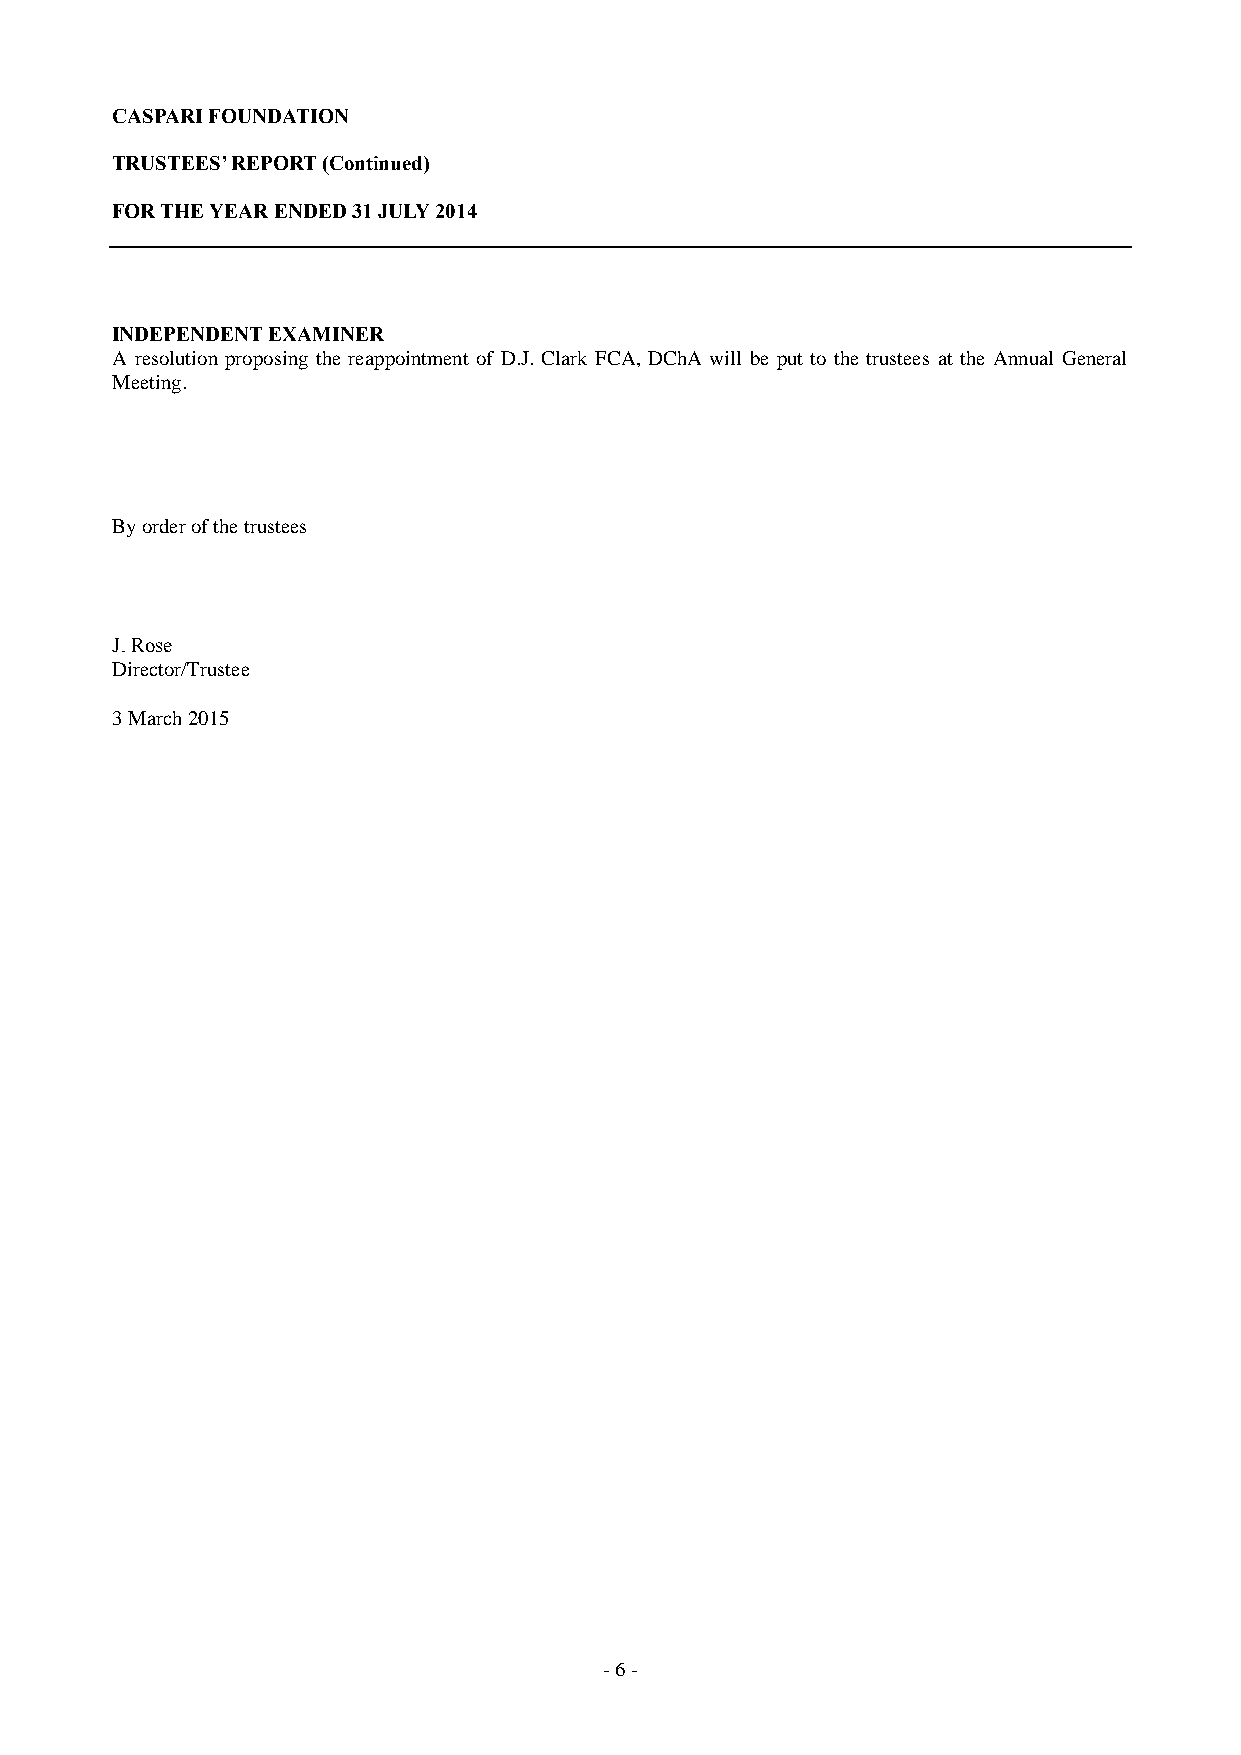
CASPARI FOUNDATION
 TRUSTEES’ REPORT (Continued)
 FOR THE YEAR ENDED 31 JULY 2014
 INDEPENDENT EXAMINER
 A resolution proposing the reappointment of D.J. Clark FCA, DChA will be put to the trustees at the Annual General
 Meeting.
 By order of the trustees
 J. Rose
 Director/Trustee
 3 March 2015
 - 6 -